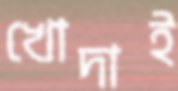
খোদাই